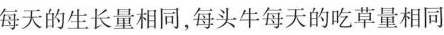
每天的生长量相同，每头牛每天的吃草量相同)